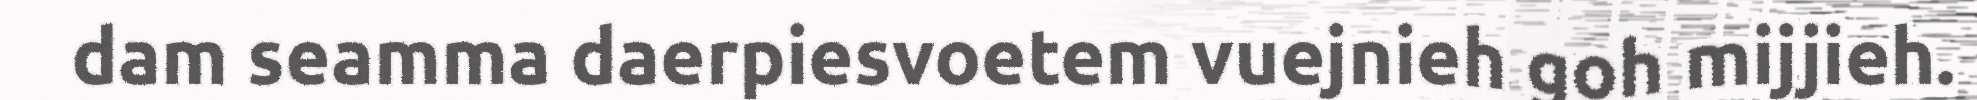
dam seamma daerpiesvoetem vuejnieh goh mijjieh.